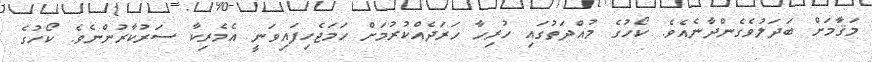
މަޤާމަށް ބަދަލުވެގެންދާނެއެވެ. ކޯހުގެ މުއްދަތުގައި ހުރިހާ ހަރަދެއްކުރުމަށް ހަމަޖެހިފައިވަނީ އެމެރިކާ ސަރުކާރުންނެވެ. ކޯހުގެ